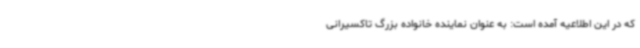
که در این اطلاعیه آمده است: به عنوان نماینده خانواده بزرگ تاکسیرانی